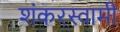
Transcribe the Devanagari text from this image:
शंकरस्वामी